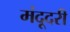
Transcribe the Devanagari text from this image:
मंदूदरी